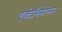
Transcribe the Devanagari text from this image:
एक्टेमिनोफेन